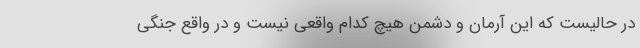
در حالیست که این آرمان و دشمن هیچ کدام واقعی نیست و در واقع جنگی